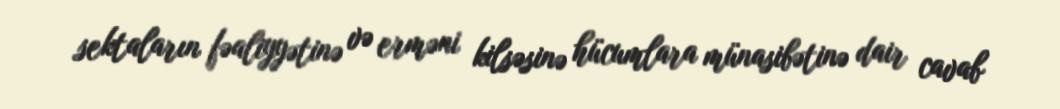
sektaların fəaliyyətinə və erməni kilsəsinə hücumlara münasibətinə dair cavab